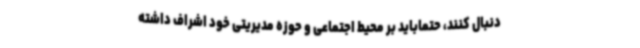
دنبال کنند، حتماباید بر محیط اجتماعی و حوزه مدیریتی خود اشراف داشته